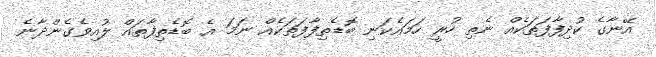
އޭނާގެ ކުދިފާފަތަކެއް ނެތި ހުރީ ހަމައެކަނި ބޮޑެތިފާފަތަކެއް ނަމަ އެ ބޮޑެތިފާތައް ލުއިވެގެންދާނެ